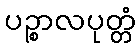
ပဉ္စာလပုတ္တံ